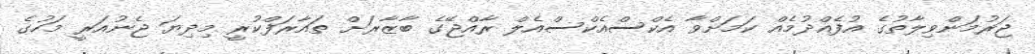
ޖަރުމަންވިލާތުގެ އުފެއްދުމެއް ކަމަށްވާ އެކްސްއެކްސްއެލް ރާއްޖޭގެ ބާޒާރަށް ތައާރަފްކުރީ މިދިޔަ ޖެނުއަރީ މަހުގެ